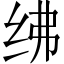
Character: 绋